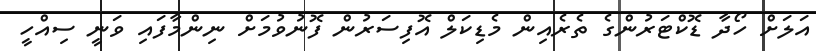
އަލަށް ހޯދާ ޑޮކްޓަރުންގެ ތެރެއިން މެޑިކަލް އޮފިސަރުން ފޮނުވުމަށް ނިންމާފައި ވަނީ ސިއްހީ